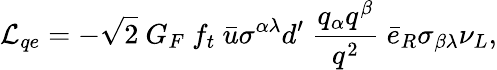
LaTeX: {\cal{L}}_{qe}=-\sqrt 2~G_{F}~f_{t}~\bar{u}\sigma^{\alpha\lambda}d^{\prime}~{\frac{q_{\alpha}q^{\beta}}{q^{2}}}~\bar{e}_{R}\sigma_{\beta\lambda}\nu_{L},